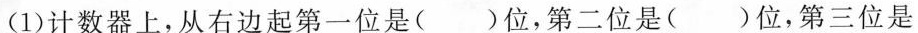
(1)计数器上，从右边起第一位是( )位，第二位是( )位，第三位是